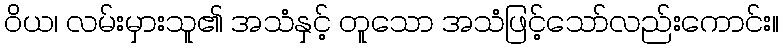
ဝိယ၊ လမ်းမှားသူ၏ အသံနှင့် တူသော အသံဖြင့်သော်လည်းကောင်း။